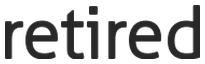
retired